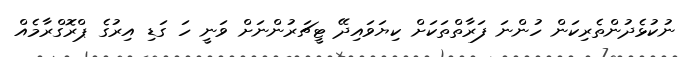
ނުކުޅެދުންތެރިކަން ހުންނަ ފަރާތްތަކަށް ކިޔަވައިދޭ ޓީޗަރުންނަށް ވަނީ ހަ ގަޑި އިރުގެ ޕްރޮގްރާމެއް